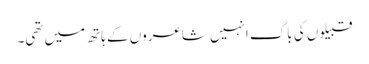
قبیلوں کی باگ انہیں شاعروں کے ہاتھ میں تھی۔